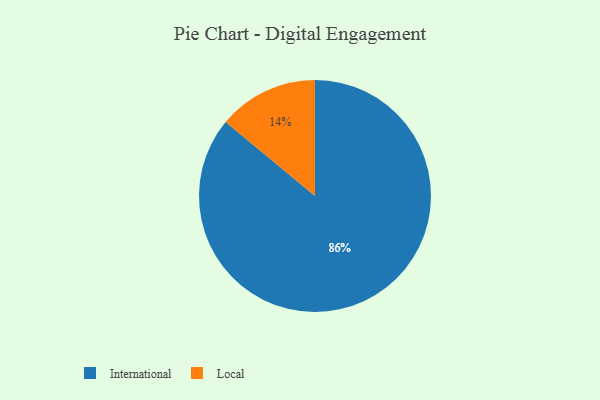
{"axis": {"x": "Category", "y": "Percentage"}, "legend": ["International", "Local"], "data": [{"x": "Local", "y": 14, "type": "Local"}, {"x": "International", "y": 86, "type": "International"}]}